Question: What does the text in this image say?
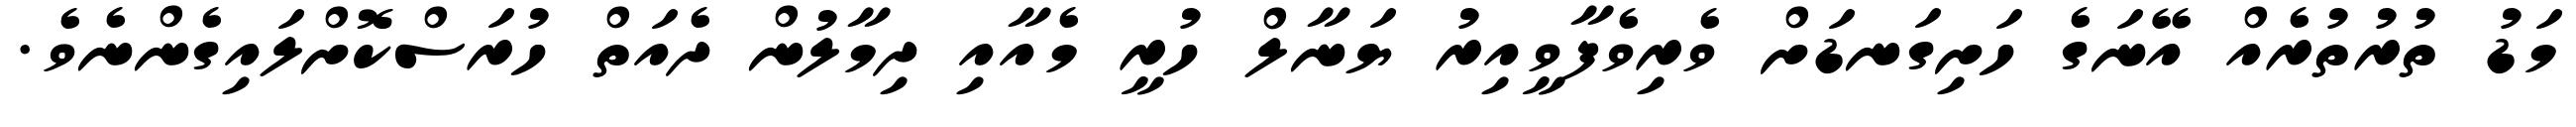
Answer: މަޑު ތުރުތުރެއް އޭނަގެ ހަށިގަނޑަށް ވެރިވެފާވީއިރު ޔަނާލް ހުރީ މެއާއި ދިމާލުން ދެއަތް ހުރަސްކޮށްލައިގެންނެވެ.